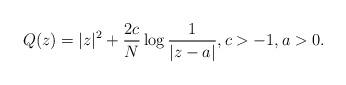
LaTeX: \begin{align*}Q(z)=|z|^2+ \frac{2c}{N}\log \frac{1}{|z-a|},c>-1,a>0.\end{align*}